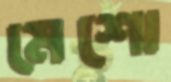
মেশো